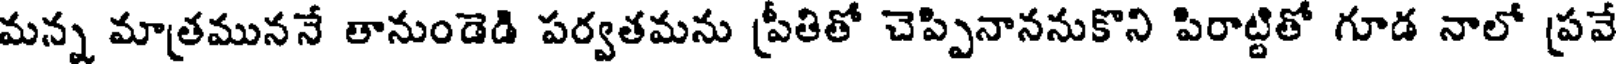
మన్న మాత్రముననే తానుండెడి పర్వతమను ప్రీతితో చెప్పినాననుకొని పిరాట్టితో గూడ నాలో ప్రవే